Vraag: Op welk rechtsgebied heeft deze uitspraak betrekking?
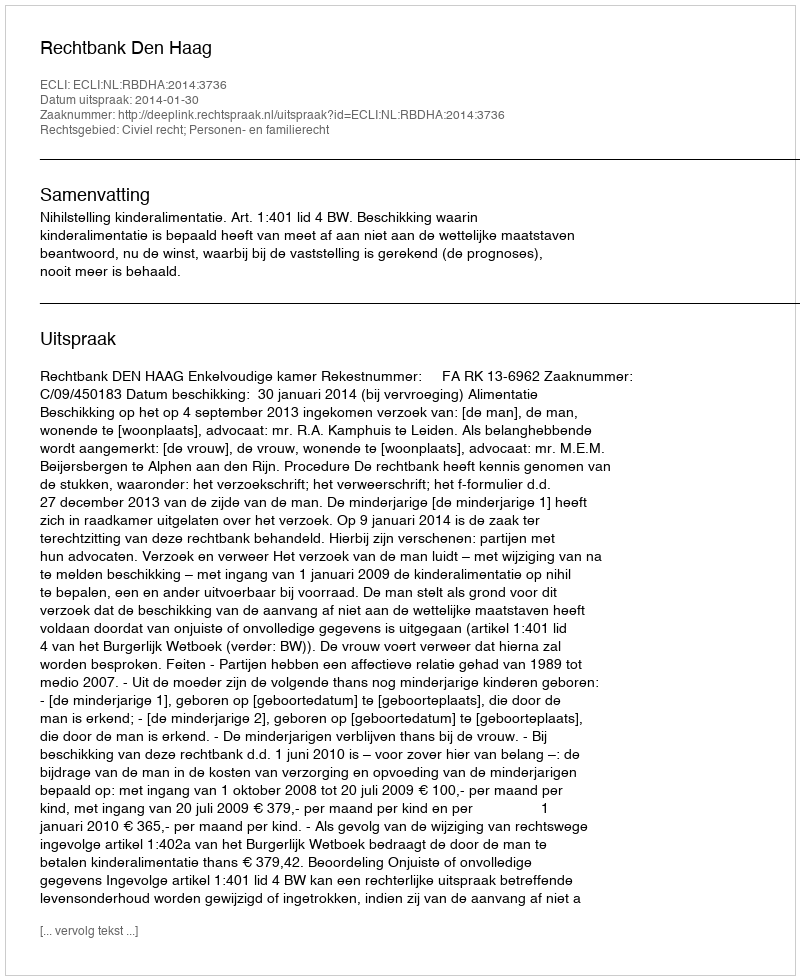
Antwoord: Civiel recht; Personen- en familierecht